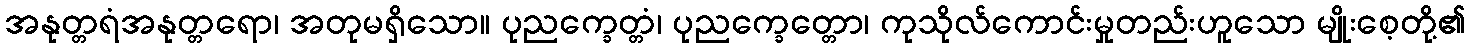
အနုတ္တရံအနုတ္တရော၊ အတုမရှိသော။ ပုညက္ခေတ္တံ၊ ပုညက္ခေတ္တော၊ ကုသိုလ်ကောင်းမှုတည်းဟူသော မျိုးစေ့တို့၏